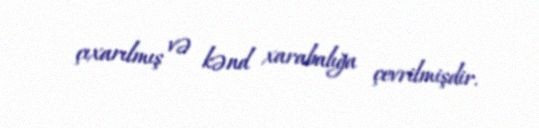
çıxarılmış və kənd xarabalığa çevrilmişdir.